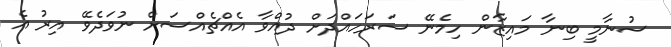
ސުނާމީ ބިނާ މައިޒާން ހިމެނޭ ސަރަހައްދަށް ދުއްވާ އެއްޗެއްސަށް ނުވަދެވޭ އިރު އެ